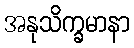
အနုသိက္ခမာနာ